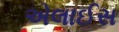
એલાઈસ